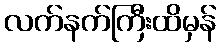
လက်နက်ကြီးထိမှန်